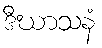
ဒီဃာသနံ